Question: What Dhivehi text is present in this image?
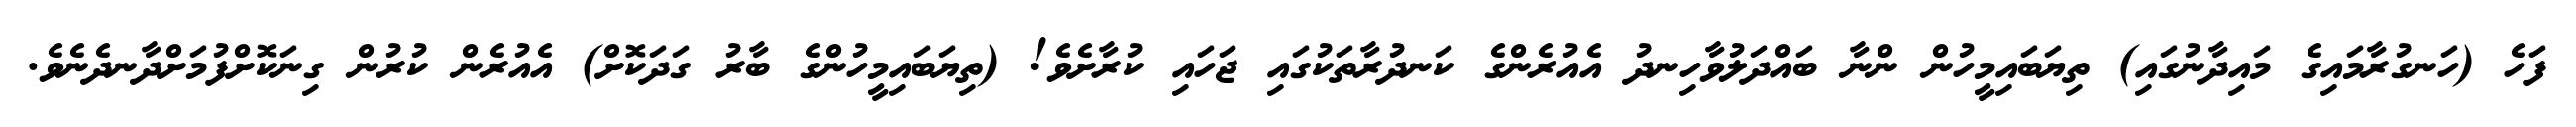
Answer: ފަހެ (ހަނގުރާމައިގެ މައިދާނުގައި) ތިޔަބައިމީހުން ންނާ ބައްދަލުވާހިނދު އެއުރެންގެ ކަނދުރާތަކުގައި ޖަހައި ކުރާށެވެ! (ތިޔަބައިމީހުންގެ ބާރު ގަދަކޮށް) އެއުރެން ކުރުން ގިނަކޮށްފުމަށްދާނދެނެވެ.